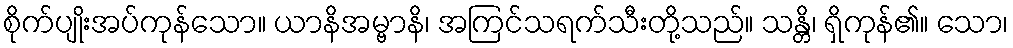
စိုက်ပျိုးအပ်ကုန်သော။ ယာနိအမ္ဗာနိ၊ အကြင်သရက်သီးတို့သည်။ သန္တိ၊ ရှိကုန်၏။ သော၊